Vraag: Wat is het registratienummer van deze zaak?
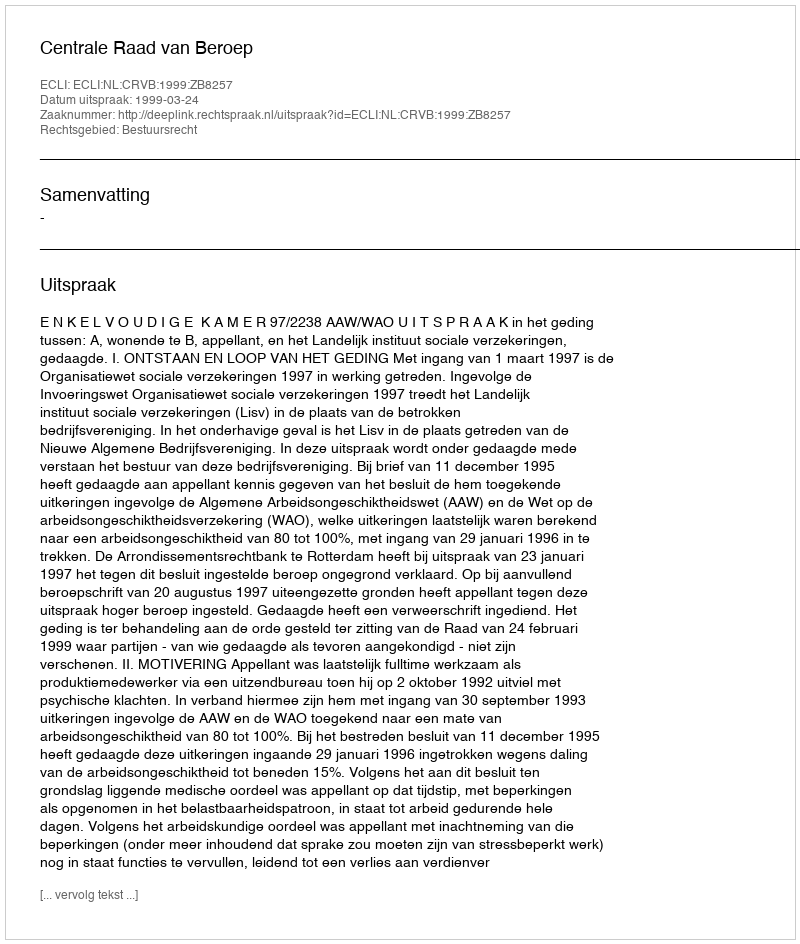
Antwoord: http://deeplink.rechtspraak.nl/uitspraak?id=ECLI:NL:CRVB:1999:ZB8257